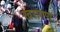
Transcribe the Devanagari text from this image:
खरांगण